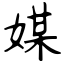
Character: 媒